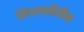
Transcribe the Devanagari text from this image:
विभक्तीतील